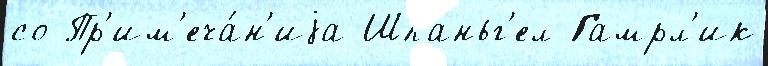
со Пр'им'еча́н'иjа Шпаньг'ел Гамрл'ик